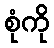
စုံကို